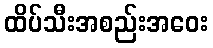
ထိပ်သီးအစည်းအဝေး